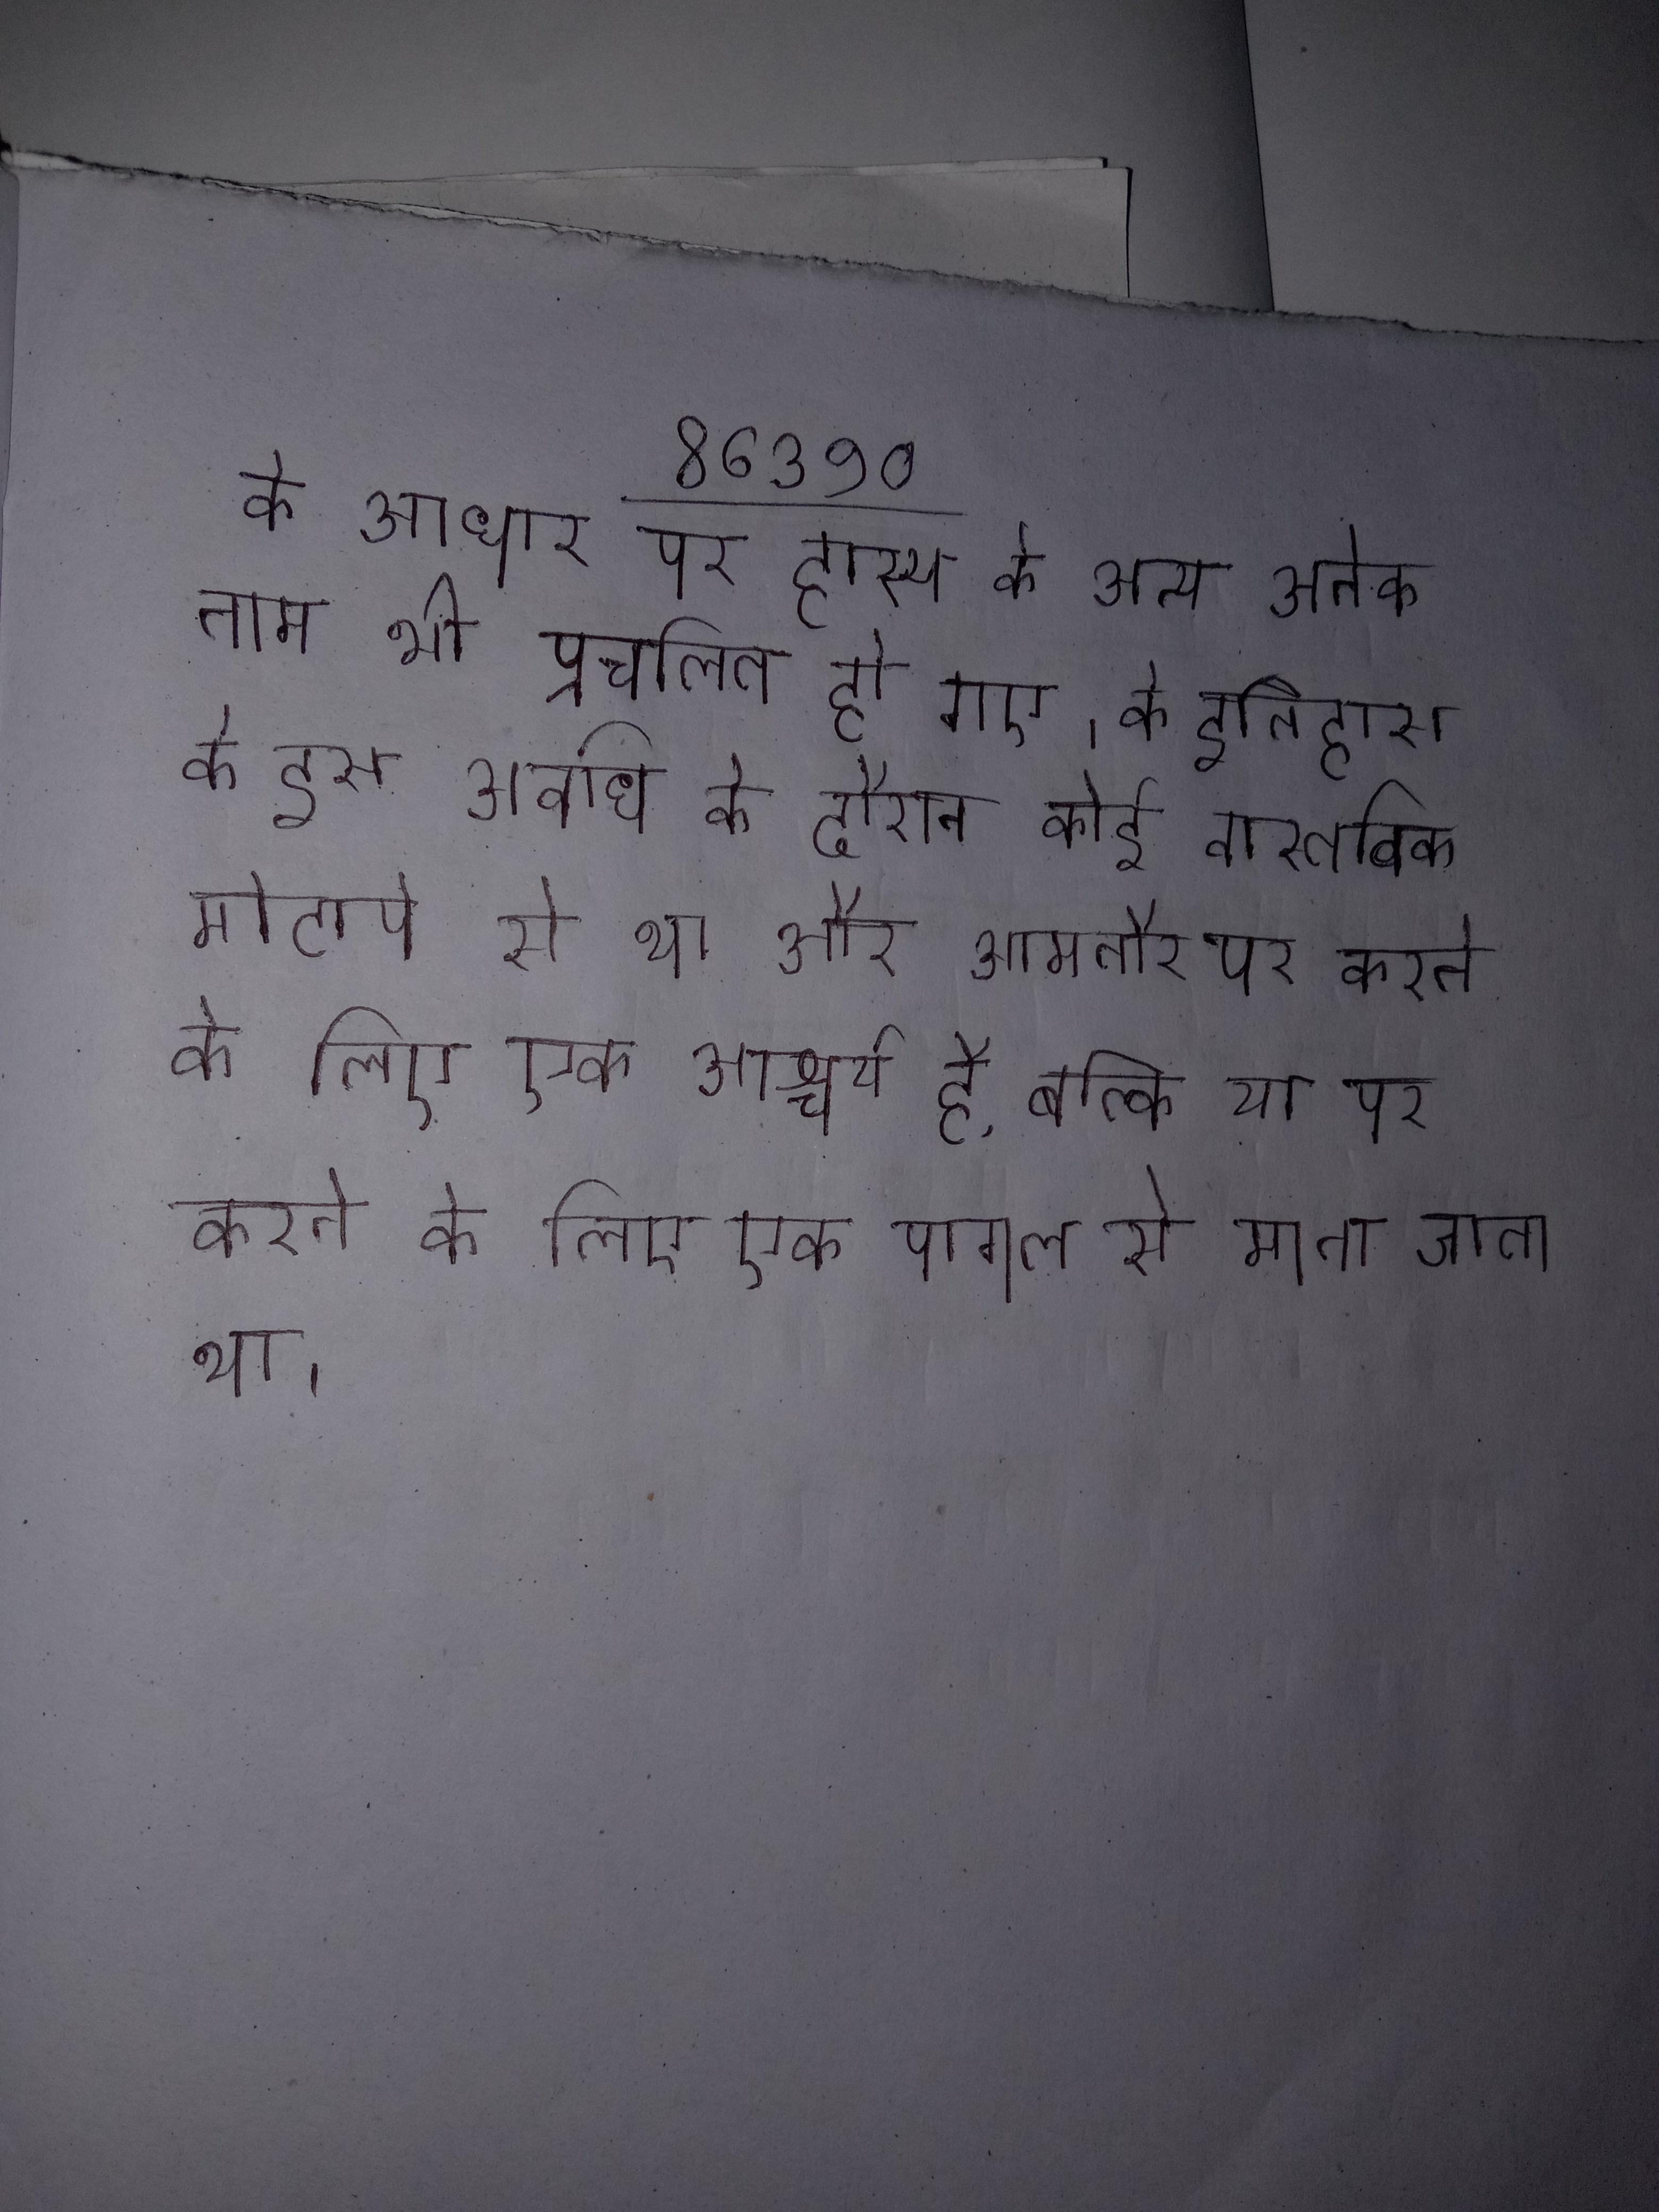
के आधार पर हास्य के अन्य अनेक नाम भी प्रचलित हो गए । के इतिहास के इस अवधि के दौरान कोई वास्तविक मोटापे से था और आमतौर पर करने के लिए एक आश्चर्य है, बल्कि या पर करने के लिए एक पागल से माना जाता था ।